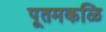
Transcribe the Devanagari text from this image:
पूतमकळि